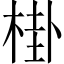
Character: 𱣧